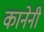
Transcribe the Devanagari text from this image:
कानेनी